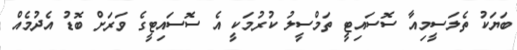
ބަޔަކު ތެލަސީމިއާ ސޮސައިޓީ ތަމްސީލު ކުރުމަކީ އެ ސޮސައިޓީގެ ވަރަށް ބޮޑު އެދުމެއް